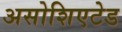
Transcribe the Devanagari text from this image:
असोशिएटेड